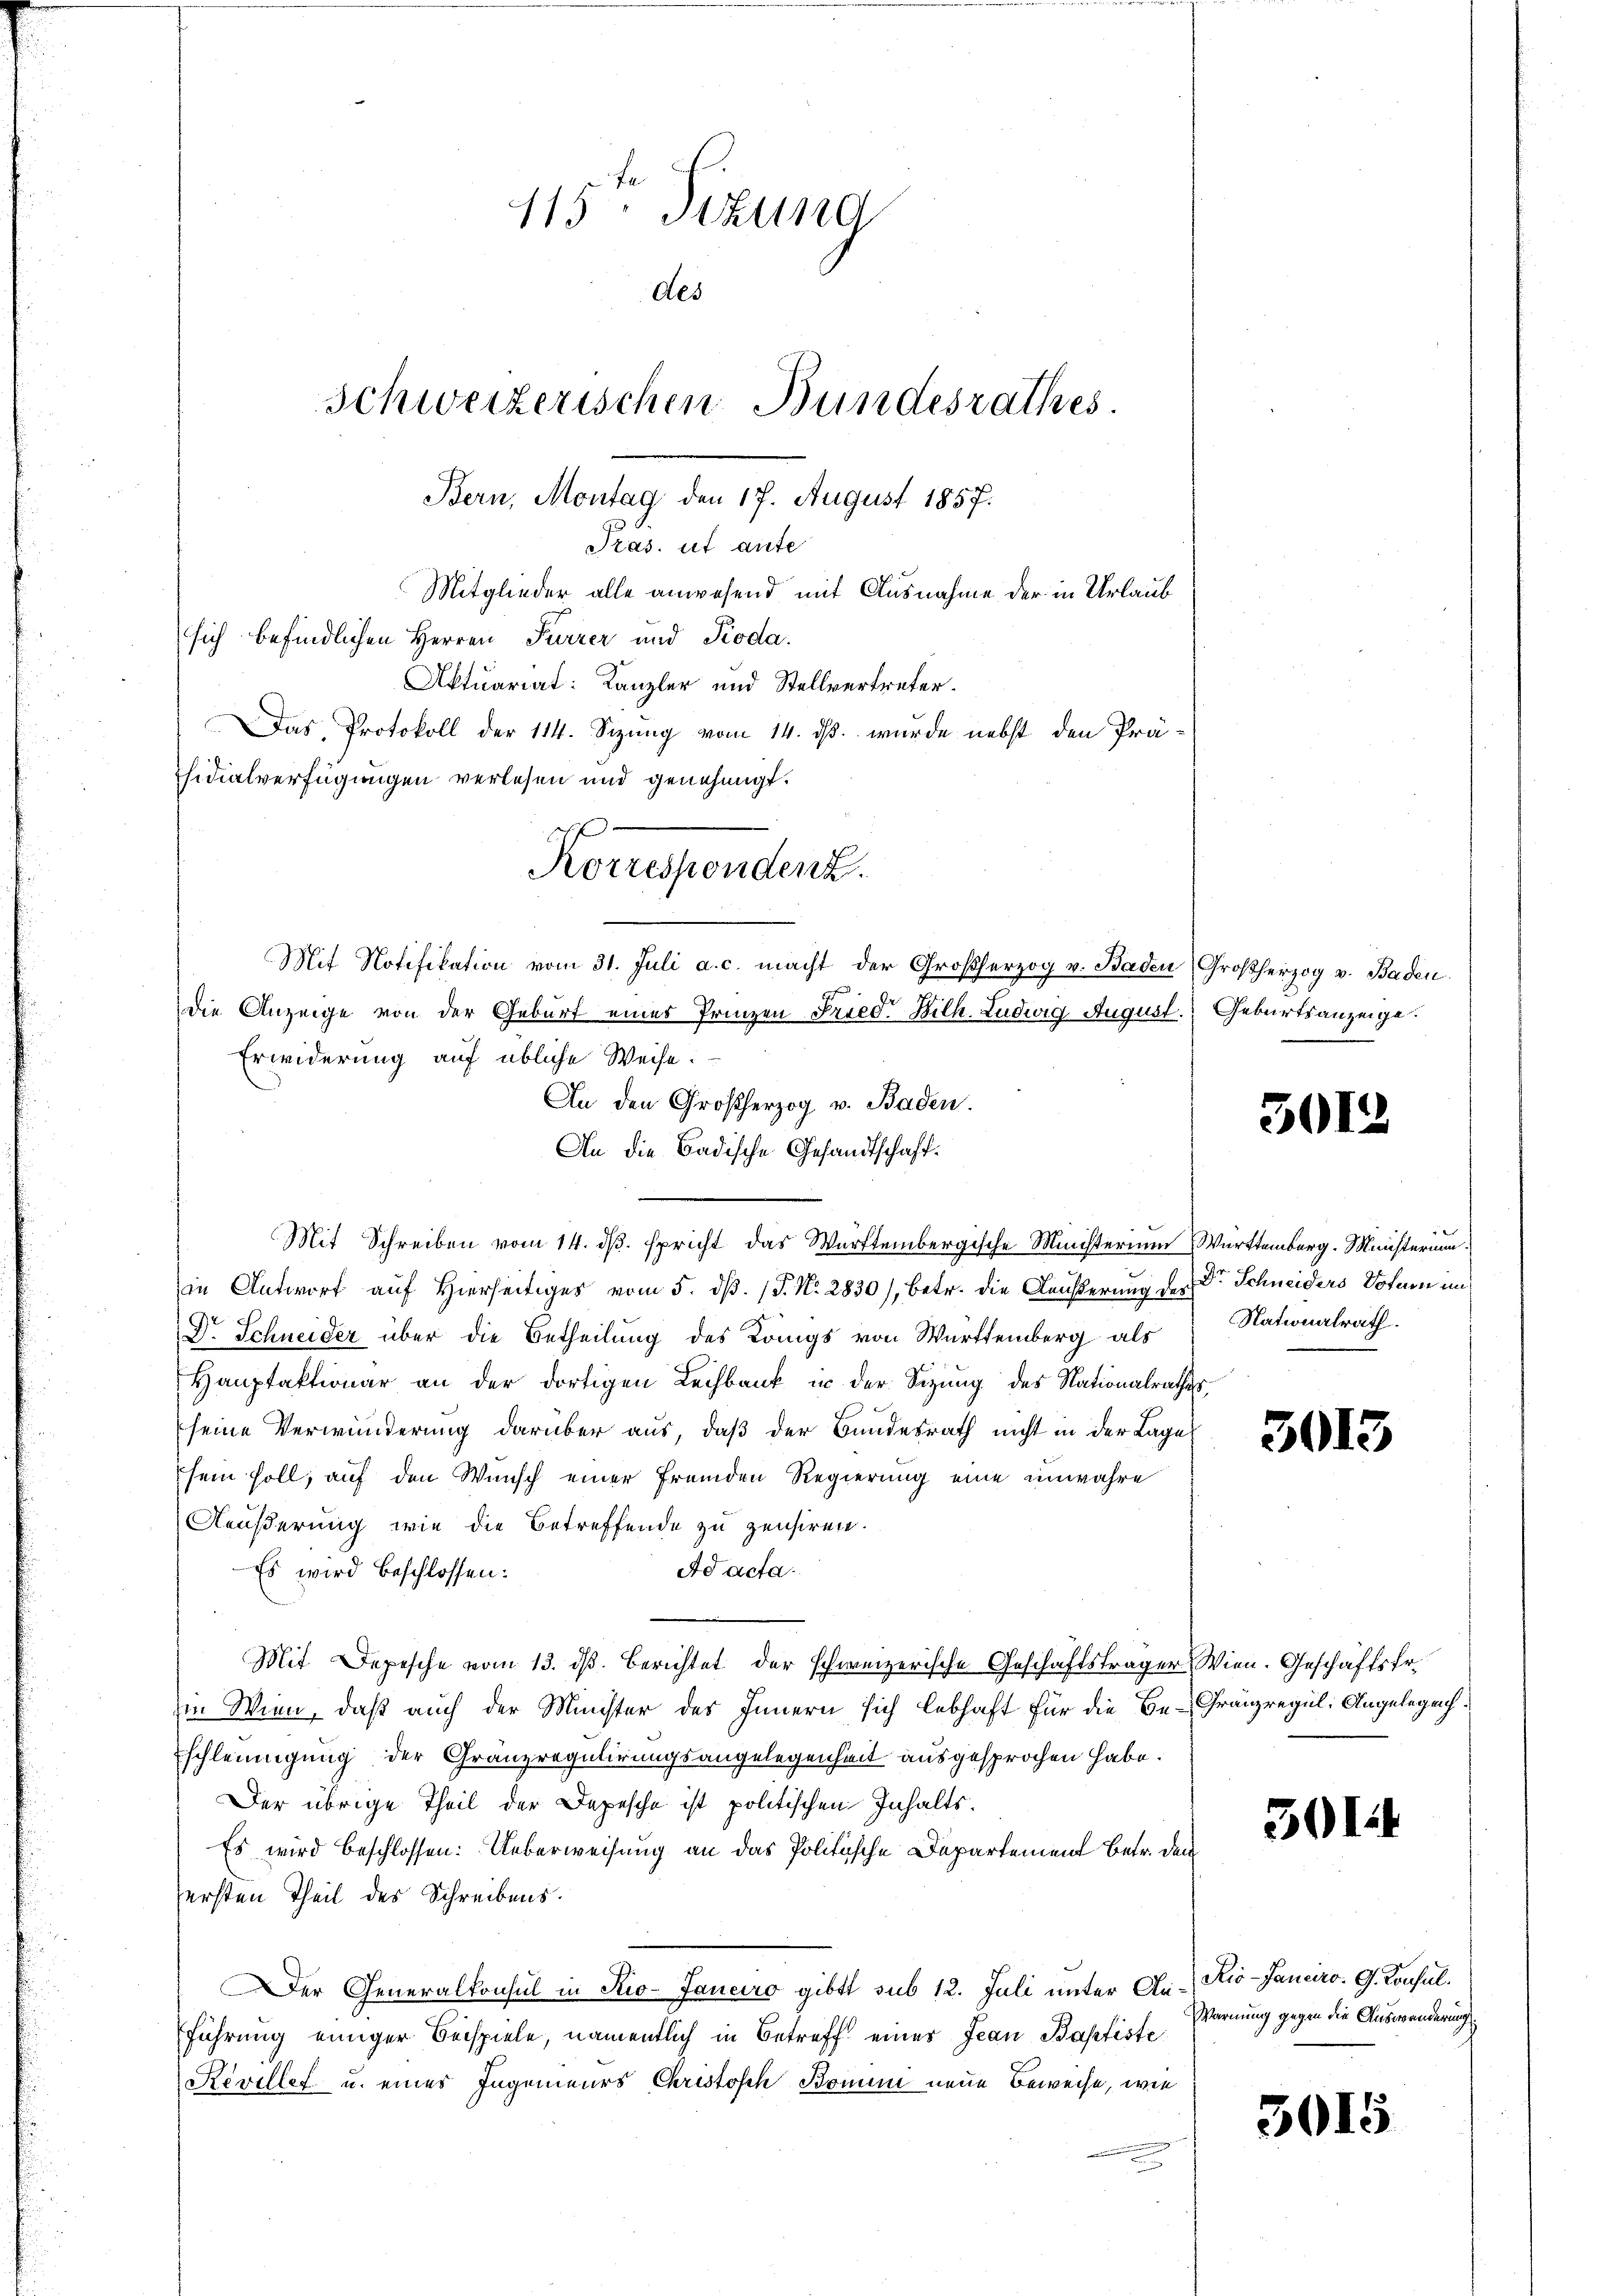
115. Sitzung
des
Schweizerischen Bundesrathes.
Bern, Montag den 17. August 1857.
Pras. ut aute
Mitglieder alle anwesend mit Ausnahme der in Urlaub
sich befindlichen Herren Furrer und Pioda.
Aktuariat: Kanzler und Stellvertreter.
Das Protokoll der 114. Sizung vom 14. ds. wurde nebst den Präsidialverfügungen verlesen und genehmigt.
Korrestendenz.

Erwiderung auf übliche Weise.
Mit Schreiben vom 14. ds. spricht das Württembergische Ministerium Württemberg. Ministerium
in Antwort auf Hierseitiges vom 5. dß. (T. No. 2830), betr. die Aeußerung der Dr Schneiders Votum im
Dr. Schneider über die Betheilung des Königs von Württemberg als
Hauptaktionar an der dortigen Leihbank in der Sitzung des Nationalrathes
(seine Verwunderung darüber aus, daß der Bundesrath nicht in der Lage
sein soll, auf den Wunsch einer fremden Regierung eine unwahre
Aeußerung wie die Betreffende zu zensiren.
Ad acta.
Es wird beschlossen:
Mit Depesche vom 13. ds. berichtet der schweizerische Geschäftsträger Wien. Geschäftsfr.
in Wien, daß auch der Münster des Innern sich lebhaft für die Be- Gränzregel: Angelegehschleunigung der Granzregulirungsangelegenheit ausgesprochen habe.
Der übrige Theil der Depesche ist politischen Inhalts¬
Es wird beschlossen: Ueberweisung an das Politische Departement betr. den
ersten Theil des Schreibens.
Der Generalkonsul in Rio-Janeiro gibt sub 12. Juli unter An-Kio-Janciro. G. Konsulführung einiger Beispiele, namentlich in Betreff einer Jean Baptiste
Rövillet u. eines Ingenieurs Christisch Bonin neue Beweise, wie

An den Großherzog v. Baden.
An die Badische Gesandtschaft

Die Anzeige von der Geburt eines Prinzen Fried. Bilh. Ludwig August. Geburtsanzeige.

Mit Notifikation vom 31. Juli a. c. macht der Großherzog v. Baden Großherzog v. Baden

Nationalrath.

Warnung gegen die Auswanderungs¬

301.

3013

5014

3015